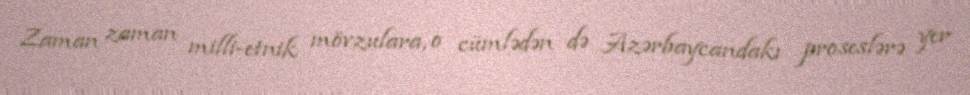
Zaman zaman milli-etnik mövzulara, o cümlədən də Azərbaycandakı proseslərə yer